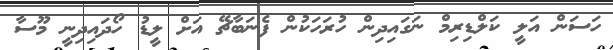
ހަސަން އަލީ ކަލްޑިރިމް ނަގައިދިން ހުރަހަކުން ފެނަބާޗޭ އަށް ލީޑު ހޯދައިދިނީ މޫސާ